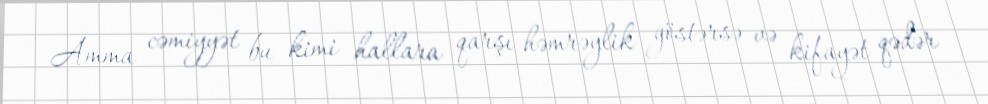
Amma cəmiyyət bu kimi hallara qarşı həmrəylik göstərsə və kifayət qədər